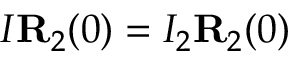
I { \bf R } _ { 2 } ( 0 ) = I _ { 2 } { \bf R } _ { 2 } ( 0 )